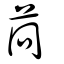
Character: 苘